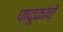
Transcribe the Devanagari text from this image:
पादूकांचे